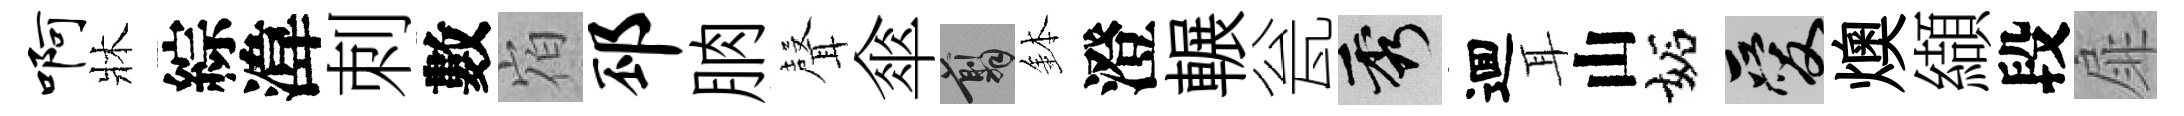
啊牀綜湋刺數𪧐邳朒𮋻傘翦鉢澄輾瓮秀逥耳山妬爱燠纈段扉